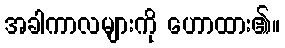
အခါကာလများကို ဟောထား၏။